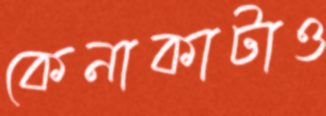
কেনাকাটাও